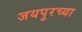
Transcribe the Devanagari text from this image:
जयपुरच्या